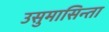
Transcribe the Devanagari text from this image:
उसुमासिन्ता